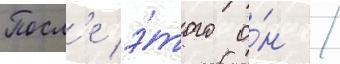
Посл'е э́того о́н /